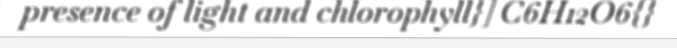
presence of light and chlorophyll}] C6H12O6{}